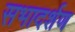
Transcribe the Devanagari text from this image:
सभादर्शण